Annual report of the Punjab Veterinary College and of the Civil Veterinary Department, Punjab - 1894-1908
Year: 1894
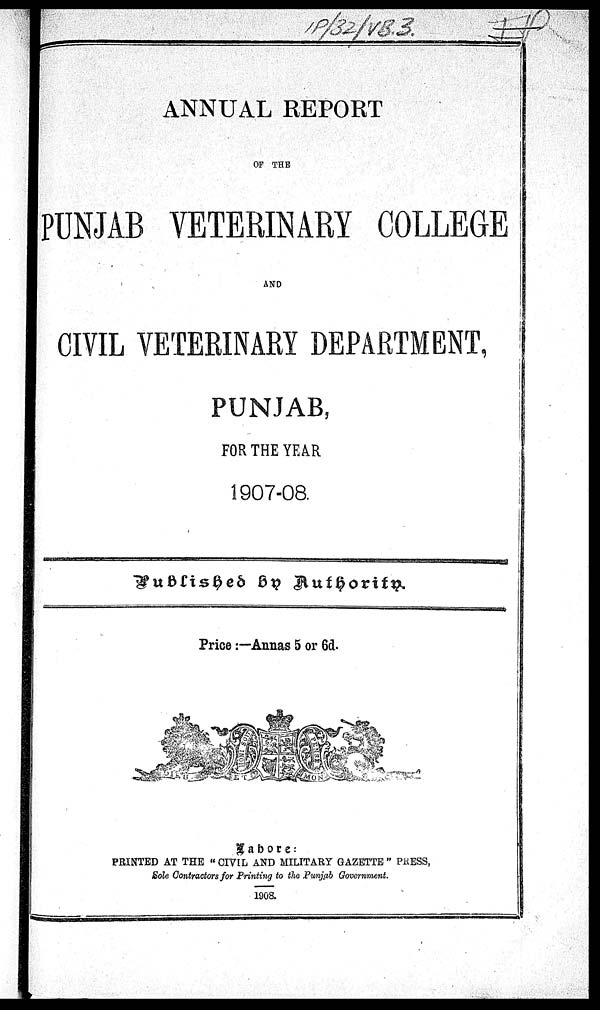
ANNUAL REPORT
OF THE
PUNJAB VETERINARY COLLEGE
AND
CIVIL VETERINARY DEPARTMENT,
PUNJAB,
FOR THE YEAR
1907-08
Published by Authority.
Price:—Annas 5 or 6d.
Lahore:
PRINTED AT THE "CIVIL AND MILITARY GAZETTE" PRESS,
Sole Contractors for Printing to the Punjab Government.
1908.